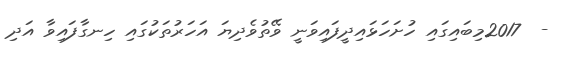
-  2017މިބައިގައި ހުށަހަޅައިދީފައިވަނީ ވޭތުވެދިޔަ އަހަރުތަކުގައި ހިނގާފައިވާ އަދި